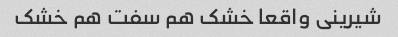
شیرینی واقعا خشک هم سفت هم خشک